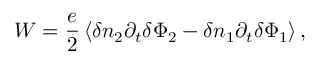
W = \frac { e } { 2 } \left\langle \delta n _ { 2 } \partial _ { t } \delta \Phi _ { 2 } - \delta n _ { 1 } \partial _ { t } \delta \Phi _ { 1 } \right\rangle ,